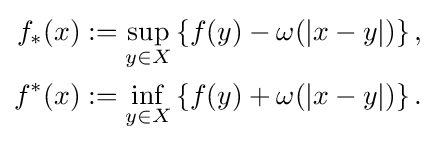
{\begin{aligned}f_{*}(x)&:=\sup _{y\in X}\left\{f(y)-\omega (|x-y|)\right\},\\f^{*}(x)&:=\inf _{y\in X}\left\{f(y)+\omega (|x-y|)\right\}.\end{aligned}}